Annual statistical returns and brief notes on vaccination in Bengal - 1887-1898
Year: 1887
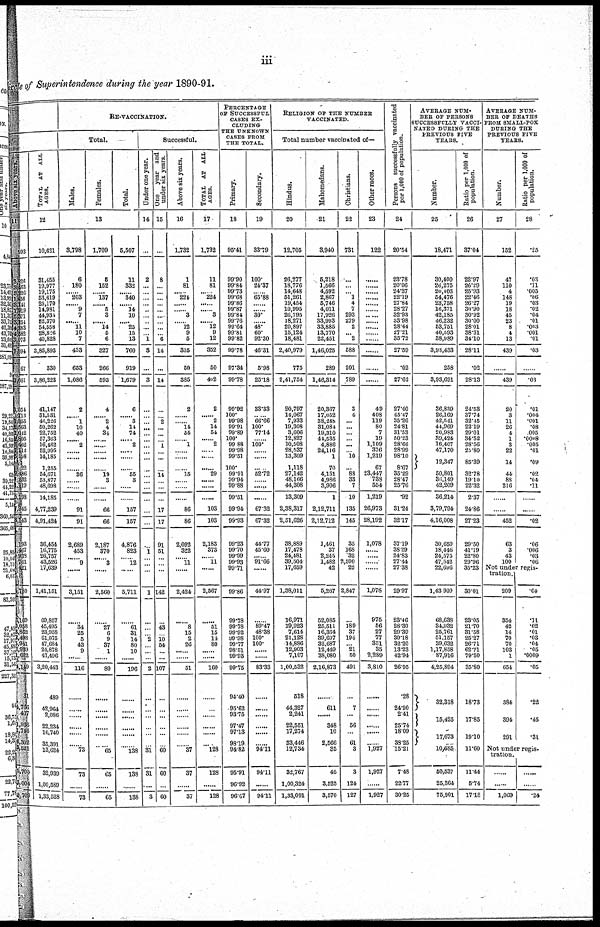
iii
circle of Superintendence during the year 1890-91.
Above six years.
11
593
3,826
3,463
3,226
1,456
3,141
1,919
5,371
3,154
4,383
4,582
3,073
7,594
67
7,661
3,054
1,713
1,355
2,563
1,012
1,805
1,452 1,112
5,198
22
2,486
1, 232
1,119
5,193
1,945
6,143
1,193
1,467
938
761
421
780
6,l69
6,058 3,862
8,498
3,941
8,839
682
4,149
31
1,766
407
1,936
1,746
6,302
3,521
5,705
3,004
8,709
TOTAL AT ALL
AGES.
12
10,621
31,455
19,977
19,175
53,619
25,170
14,981
44,931
52,370
54,558
28,826
40,828
3,85,893
330
3,86,223
41,147
31,531
46,226
50,262
22,752
57,363
16,462
52,995
14,185
1,255
54,671
53,877
48,698
14,185
4,77,239
4,91,424
36,454
16,775
26,757
43,526
17,639
1,41,151
69,867
45,495
23,958
61,075
47,684
24,878
47,496
3,20,443
489
42,964
2,086
22,234
10,740
35,391
13,624
32,939
1,00,589
1,33,528
RE-VACCINATION.
Total.
Males.
Females.
Total.
13
3,798
6
180
......
203
......
9
7
......
11
10
7
433
653
1,086
2
......
1
10
40
......
2
......
......
......
36
......
......
......
91
91
2,689
453
......
9
......
3,151
......
34
25
5
43
9
......
116
......
......
......
......
......
......
73
73
......
73
1,709
5
152
......
137
......
5
3
......
14
5
6
327
266
593
4
......
2
4
34
......
......
......
......
......
19
3
......
......
66
66
2,187
370
......
3
......
2,560
......
27
6
9
37
1
......
80
......
......
......
......
......
......
65
65
......
65
6,507
11
332
......
340
......
14
10
......
25
15
13
760
919
1,679
6
......
3
14
74
......
2
......
......
......
55
3
......
......
157
157
4,876
823
......
12
......
5,711
......
61
31
14
80
10
......
196
......
......
......
......
......
......
138
138
......
138
Successful.
Under one year.
14
...
2
...
...
...
...
...
...
...
...
...
1
3
...
3
...
...
...
...
...
...
...
...
...
...
...
...
...
...
...
...
...
1
...
...
...
1
...
...
...
2
...
...
...
2
...
...
...
...
...
...
31
31
...
3
One year and
under six years.
15
...
8
...
...
...
...
...
...
...
...
...
6
14
...
14
...
...
2
...
...
...
1
...
...
...
14
...
...
...
17
17
91
51
...
...
...
142
...
43
...
10
54
...
...
107
...
...
...
...
...
...
60
60
...
60
Above six years.
16
1,732
1
81
......
224
......
......
3
......
12
9
5
335
50
385
2
......
......
14
54
......
1
...
......
......
15
......
......
......
86
86
2,092
322
......
11
......
2,424
......
8
15
2
26
......
......
51
......
......
......
......
......
......
37
37
......
37
TOTAL AT ALL
AGES.
17
1,732
11
81
......
224
......
......
3
......
12
9
12
352
50
402
2
......
2
14
54
......
2
......
......
......
29
......
......
......
103
103
2,183
373
......
11
......
2,567
......
51
15
14
80
......
......
160
......
......
......
......
......
......
128
128
......
128
PERCENTAGE
OF SUCCESSFUL
CASES EX-
CLUDING
THE UNKNOWN
CASES FROM
THE TOTAL.
Primary.
18
95.41
99.90
99.84
99.73
99.68
99.86
99.87
99.84
99.76
99.64
99.81
99.82
99.78
97.34
99.78
99.92
100.
99.98
99.91
99.89
100.
99.88
99.98
99.51
100.
99.91
99.94
99.88
99.51
99.94
99.93
99.23
99.70
99.99
99.93
99.71
99.86
99.78
99.78
99.92
99.98
99.77
98.51
99.93
99.75
94.40
95.62
93.75
97.47
97.13
98.19
94.82
95.91
96.92
96.67
Secondary.
19
33.79
100.
24.37
......
65.88
......
......
30.
......
48.
60.
92.80
46.31
5.98
25.18
33.33
......
66.66
100.
77.14
......
100.
......
......
......
52.72
......
......
......
67.32
67.32
44.77
45.60
......
91.66
......
44.97
......
89.47
48.38
100.
100.
......
......
83.33
......
......
......
......
......
......
94.11
94.11
......
94.11
RELIGION OF THE NUMBER
VACCINATED.
Total number vaccinated of—
Hindus.
20
12,705
26,277
18,776
14,648
51,261
19,454
10,995
26,795
18,271
20,897
15,124
18,481
2,40,979
775
2,41,754
20,797
14,067
7,933
19,308
3,606
12,827
10,508
28,537
13,309
1,118
27,142
48,166
44,308
13,309
2,38,317
2,51,626
38,889
17,478
24,481
39,504
17,659
1,38,011
16,971
19,923
7,614
21,128
14,886
12,903
7,107
1,00,532
518
44,327
2,241
22,551
17,274
33,446
12,734
32,767
1,00,324
1,33,091
Mahomedans.
21
3,940
5,218
1,566
4,592
2,867
5,746
4,011
17,926
33,993
33,885
13,770
22,451
1,46,025
289
1,46,314
20,367
17,052
38,248
31,084
19,310
44,535
4,886
24,116
1
70
4,151
4,986
3,906
1
2,12,711
2,12,712
1,461
37
2,245
1,482
42
5,267
52,085
25,611
16,364
39,697
32,687
12,449
38,080
2,16,873
......
611
......
348
10
2,566
85
45
3,525
3,570
Christians.
22
731
......
......
......
1
4
7
293
279
2
... 2
588
201
789
3
4
...
...
...
...
...
...
10
...
88
33
7
10
135
145
35
168
32
2,590
22
2,847
...
189
37
194
...
21
50
491
...
7
...
56
...
61
3
3
124
127
Other races.
23
122
......
......
......
......
......
......
......
......
......
......
......
......
......
......
49
408
119
80
7
19
1,109
376
1,219
67
23,447
738
554
1,219
26,973
28,192
1,078
......
......
......
......
1,078
975
56
27
77
351
35
2,289
3,810
......
......
......
......
......
......
1,927
1,927
......
1,927
Persons successfully vaccinated
per 1,000 of population.
24
20.54
23.78
20.06
24.37
22.19
27.84
28.27
32.93
33.98
28.44
27.21
35.72
27.59
.02
27.62
27.40
45.47
35.26
24.81
31.53
50.23
28.66
28.99
98.10
8.67
35.29
28.47
25.76
.92
31.24
32.17
37.19
38.29
24.83
27.44
27.38
29.97
23.46
28.30
29.39
30.18
32.20
13.23
42.94
26.95
.28
24.90
2.41
25.74
18.09
38.25
15.21
7.48
22.77
30.25
AVERAGE NUM-
BER OF PERSONS
SUCCESSFULLY VACCI-
NATED DURING THE
PREVIOUS FIVE
YEARS.
Number.
25
18,471
30,400
26,275
20,403
54,476
23,758
16,371
42,185
46,232
53,751
40,593
38,989
3,93,433
258
3,93,691
36,839
26,169
42,541
44,969
20,983
39,424
16,407
47,170
12,347
50,801
36,149
42,209
36,214
3,79,794
4,16,008
30,650
18,446
24,575
47,542
22,696
1,43,909
68,638
34,932
25,761
51,157
39,632
1,17,858
87,916
4,25,894
32,318
15,425
17,673
10,485
50,537
25,364
75,901
Ratio per 1,000 of
population.
26
37.04
22.97
26.29
25.93
22.46
26.27
30.90
30.92
30.00
28.01
38.31
34.10
28.11
.02
28.13
24.53
37.74
32.45
22.19
29.01
34.52
28.56
24.80
85.39
32.78
19.10
22.32
2.37
24.86
27.23
29.50
41.19
22.80
29.96
35.23
30.01
23.05
21.70
31.58
25.27
26.71
62.71
79.50
85.80
18.73
17.85
19.10
11.60
11.44
5.74
17.18
AVERAGE NUM-
BER OF DEATHS
FROM SMALL-POX
DURING THE
PREVIOUS FIVE
YEARS.
Number.
27
152
47
110
4
148
19
18
45
23
8
4
13
439
......
439
20
3
11
26
4
1
3
22
14
44
88
216
......
......
452
63
3
43
100
Ratio per 1,000 of
population.
28
.25
.03
.11
.005
.66
.03
.02
.04
.01
.003
.001
.01
.03
......
.03
.01
.004
.001
.08
.005
.0008
.005
.01
.09
.02
.04
.11
......
......
.02
.06
.006
.03
.06
Not under regis-
tration.
209
354
42
14
70
70
103
1
654
384
394
291
.04
.11
.02
.01
.03
.04
.05
.0009
.05
.22
.45
.31
Not under regis-
tration.
......
......
1,069
......
......
.24